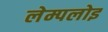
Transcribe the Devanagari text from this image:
लेम्पलोइ